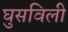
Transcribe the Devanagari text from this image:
घुसविली